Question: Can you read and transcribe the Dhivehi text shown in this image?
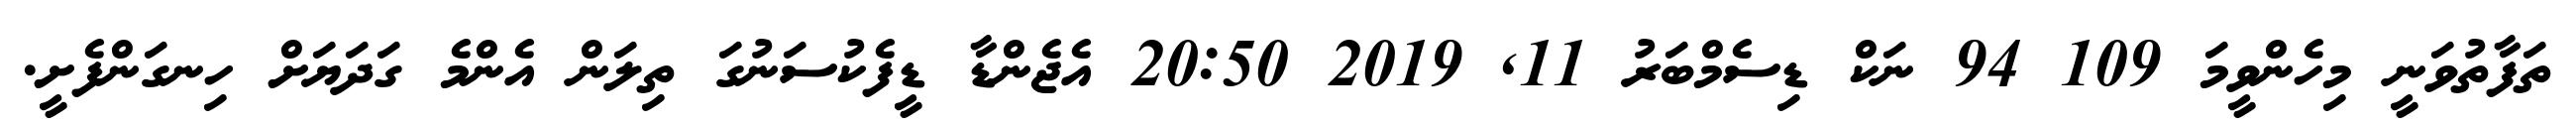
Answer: ތަފާތުވަނީ މިހެންވީމަ 109 94 ނަކް ޑިސެމްބަރު 11, 2019 20:50 އެޖެންޑާ ޑީފެކުސަނުގަ ތިލަން އެންމެ ގަދަޔަށް ހިނގަންފެށީ.